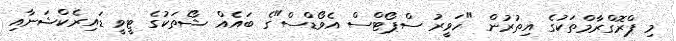
މި ޕްރޮގްރާމްތަކުގެ އިތުރުން "ހަވީރު ސްޕޯޓްސް އެވޯޑްސް"ގެ ބައެއް ޝޯތަކުގެ ޓީވީ ޑައިރެކްޝަނާއި